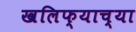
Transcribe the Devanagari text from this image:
खलिफ्याच्या